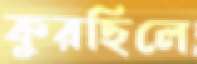
কুরছিলে